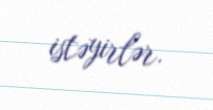
istəyirlər.